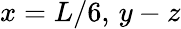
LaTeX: x=L/6,\, y-z